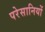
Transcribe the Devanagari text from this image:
परेसानियों